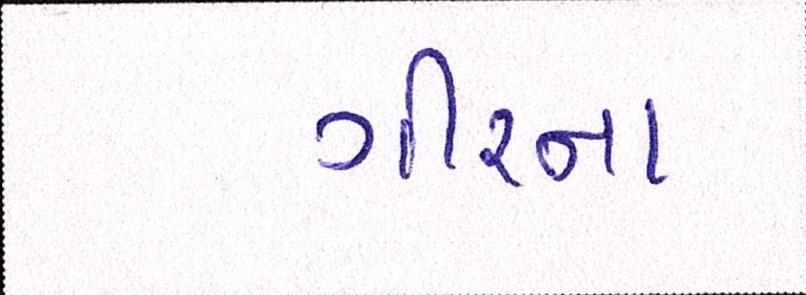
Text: ગીરના